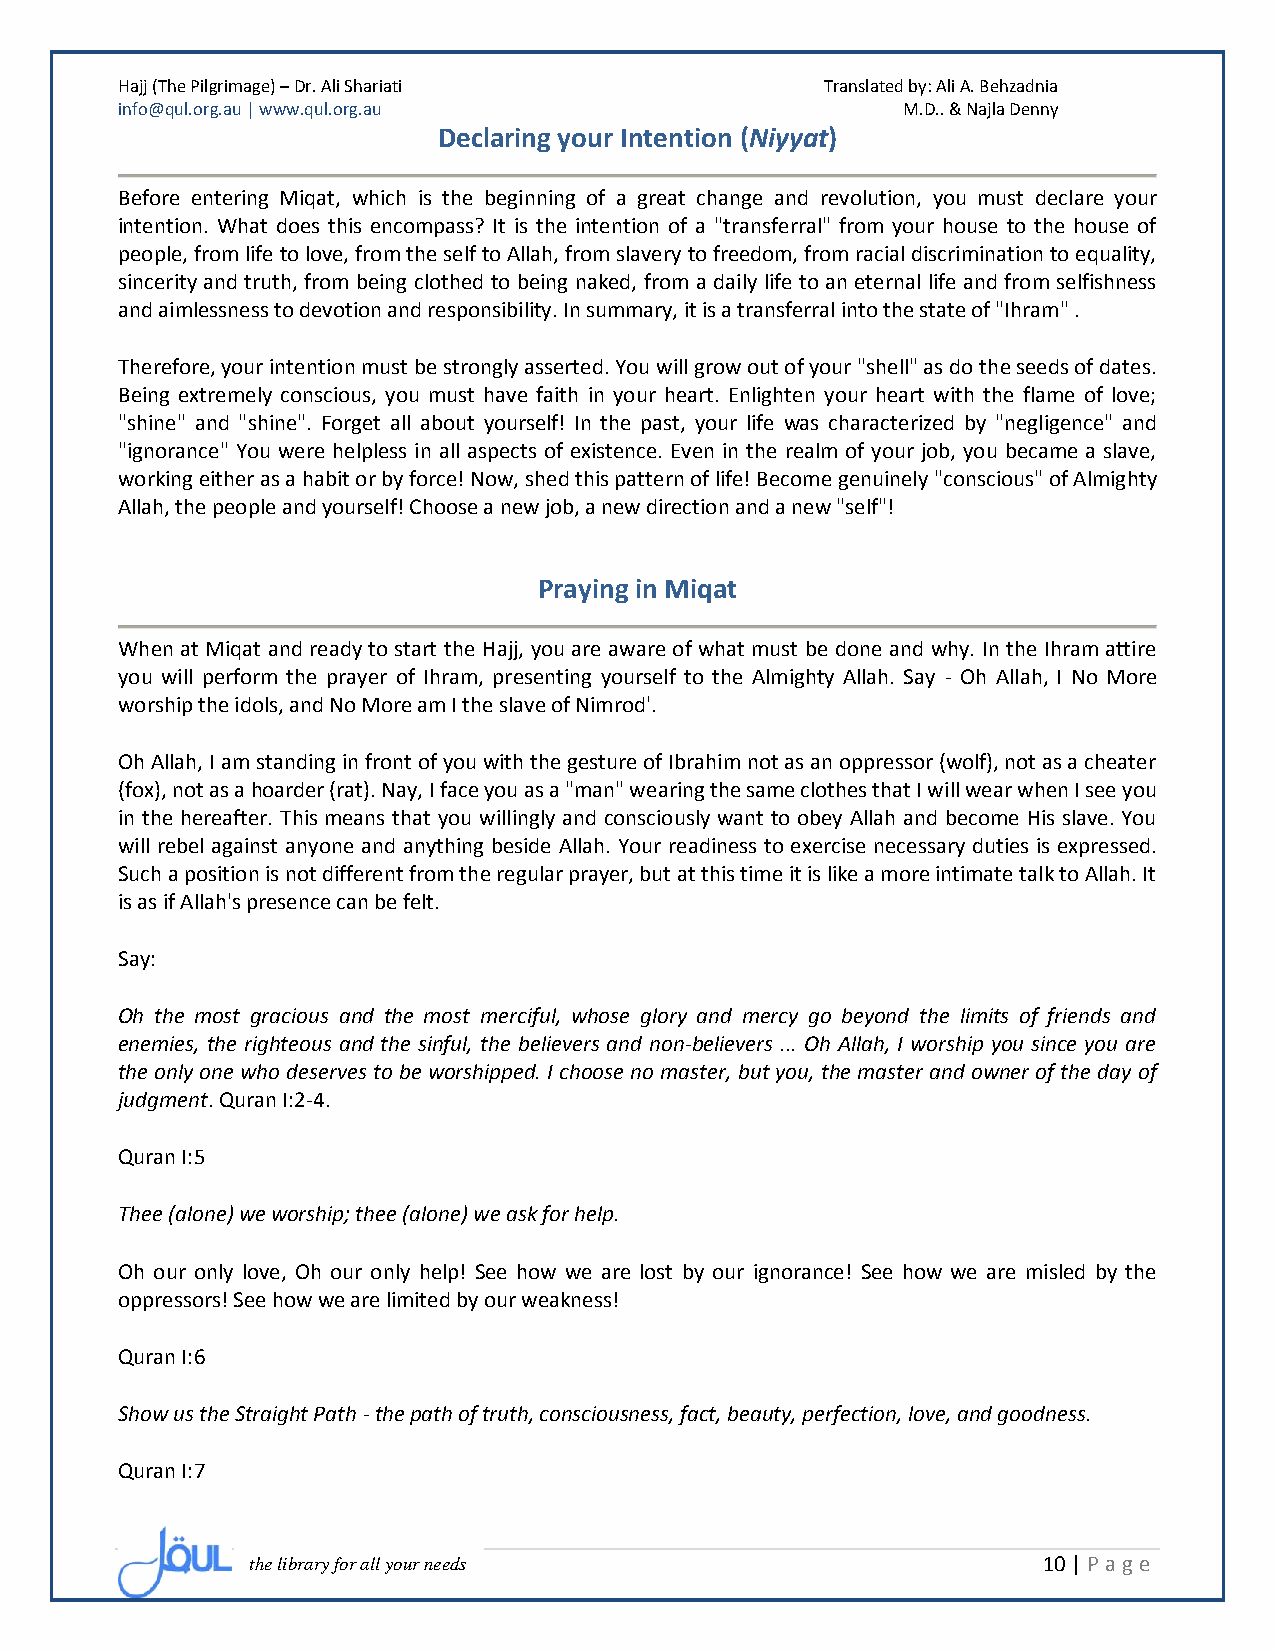
Hajj (The Pilgrimage) – Dr. Ali Shariati       Translated by: Ali A. Behzadnia
 info@qul.org.au | www.qul.org.au                    M.D.. & Najla Denny
 Declaring your Intention (Niyyat)
 Before entering Miqat, which is the beginning of a great change and revolution, you must declare your
 intention. What does this encompass? It is the intention of a "transferral" from your house to the house of
 people, from life to love, from the self to Allah, from slavery to freedom, from racial discrimination to equality,
 sincerity and truth, from being clothed to being naked, from a daily life to an eternal life and from selfishness
 and aimlessness to devotion and responsibility. In summary, it is a transferral into the state of "Ihram" .
 Therefore, your intention must be strongly asserted. You will grow out of your "shell" as do the seeds of dates.
 Being extremely conscious, you must have faith in your heart. Enlighten your heart with the flame of love;
 "shine" and "shine". Forget all about yourself! In the past, your life was characterized by "negligence" and
 "ignorance" You were helpless in all aspects of existence. Even in the realm of your job, you became a slave,
 working either as a habit or by force! Now, shed this pattern of life! Become genuinely "conscious" of Almighty
 Allah, the people and yourself! Choose a new job, a new direction and a new "self"!
 Praying in Miqat
 When at Miqat and ready to start the Hajj, you are aware of what must be done and why. In the Ihram attire
 you will perform the prayer of Ihram, presenting yourself to the Almighty Allah. Say - Oh Allah, I No More
 worship the idols, and No More am I the slave of Nimrod'.
 Oh Allah, I am standing in front of you with the gesture of Ibrahim not as an oppressor (wolf), not as a cheater
 (fox), not as a hoarder (rat). Nay, I face you as a "man" wearing the same clothes that I will wear when I see you
 in the hereafter. This means that you willingly and consciously want to obey Allah and become His slave. You
 will rebel against anyone and anything beside Allah. Your readiness to exercise necessary duties is expressed.
 Such a position is not different from the regular prayer, but at this time it is like a more intimate talk to Allah. It
 is as if Allah's presence can be felt.
 Say:
 Oh the most gracious and the most merciful, whose glory and mercy go beyond the limits of friends and
 enemies, the righteous and the sinful, the believers and non-believers ... Oh Allah, I worship you since you are
 the only one who deserves to be worshipped. I choose no master, but you, the master and owner of the day of
 judgment. Quran I:2-4.
 Quran I:5
 Thee (alone) we worship; thee (alone) we ask for help.
 Oh our only love, Oh our only help! See how we are lost by our ignorance! See how we are misled by the
 oppressors! See how we are limited by our weakness!
 Quran I:6
 Show us the Straight Path - the path of truth, consciousness, fact, beauty, perfection, love, and goodness.
 Quran I:7
 the library for all your needs                      10 | P age